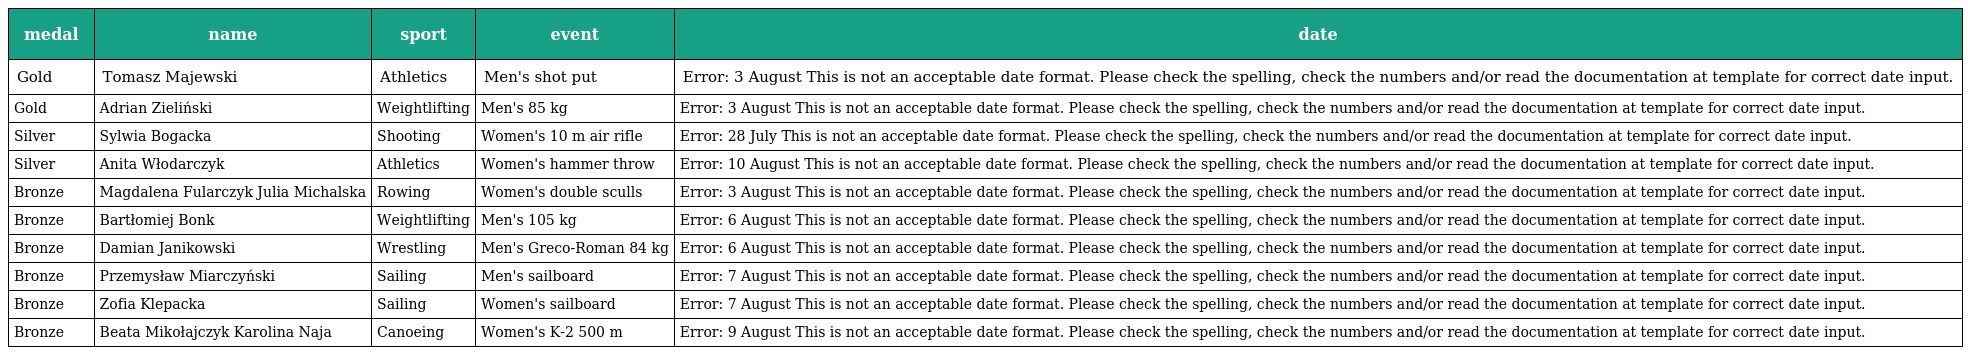
| medal | name | sport | event | date |
 | --- | --- | --- | --- | --- |
 | Gold | Tomasz Majewski | Athletics | Men's shot put | Error: 3 August This is not an acceptable date format. Please check the spelling, check the numbers and/or read the documentation at template for correct date input. |
 | Gold | Adrian Zieliński | Weightlifting | Men's 85 kg | Error: 3 August This is not an acceptable date format. Please check the spelling, check the numbers and/or read the documentation at template for correct date input. |
 | Silver | Sylwia Bogacka | Shooting | Women's 10 m air rifle | Error: 28 July This is not an acceptable date format. Please check the spelling, check the numbers and/or read the documentation at template for correct date input. |
 | Silver | Anita Włodarczyk | Athletics | Women's hammer throw | Error: 10 August This is not an acceptable date format. Please check the spelling, check the numbers and/or read the documentation at template for correct date input. |
 | Bronze | Magdalena Fularczyk Julia Michalska | Rowing | Women's double sculls | Error: 3 August This is not an acceptable date format. Please check the spelling, check the numbers and/or read the documentation at template for correct date input. |
 | Bronze | Bartłomiej Bonk | Weightlifting | Men's 105 kg | Error: 6 August This is not an acceptable date format. Please check the spelling, check the numbers and/or read the documentation at template for correct date input. |
 | Bronze | Damian Janikowski | Wrestling | Men's Greco-Roman 84 kg | Error: 6 August This is not an acceptable date format. Please check the spelling, check the numbers and/or read the documentation at template for correct date input. |
 | Bronze | Przemysław Miarczyński | Sailing | Men's sailboard | Error: 7 August This is not an acceptable date format. Please check the spelling, check the numbers and/or read the documentation at template for correct date input. |
 | Bronze | Zofia Klepacka | Sailing | Women's sailboard | Error: 7 August This is not an acceptable date format. Please check the spelling, check the numbers and/or read the documentation at template for correct date input. |
 | Bronze | Beata Mikołajczyk Karolina Naja | Canoeing | Women's K-2 500 m | Error: 9 August This is not an acceptable date format. Please check the spelling, check the numbers and/or read the documentation at template for correct date input. |